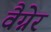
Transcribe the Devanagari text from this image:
वैग्नेर